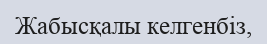
Жабысқалы келгенбіз,